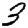
Digit: 3